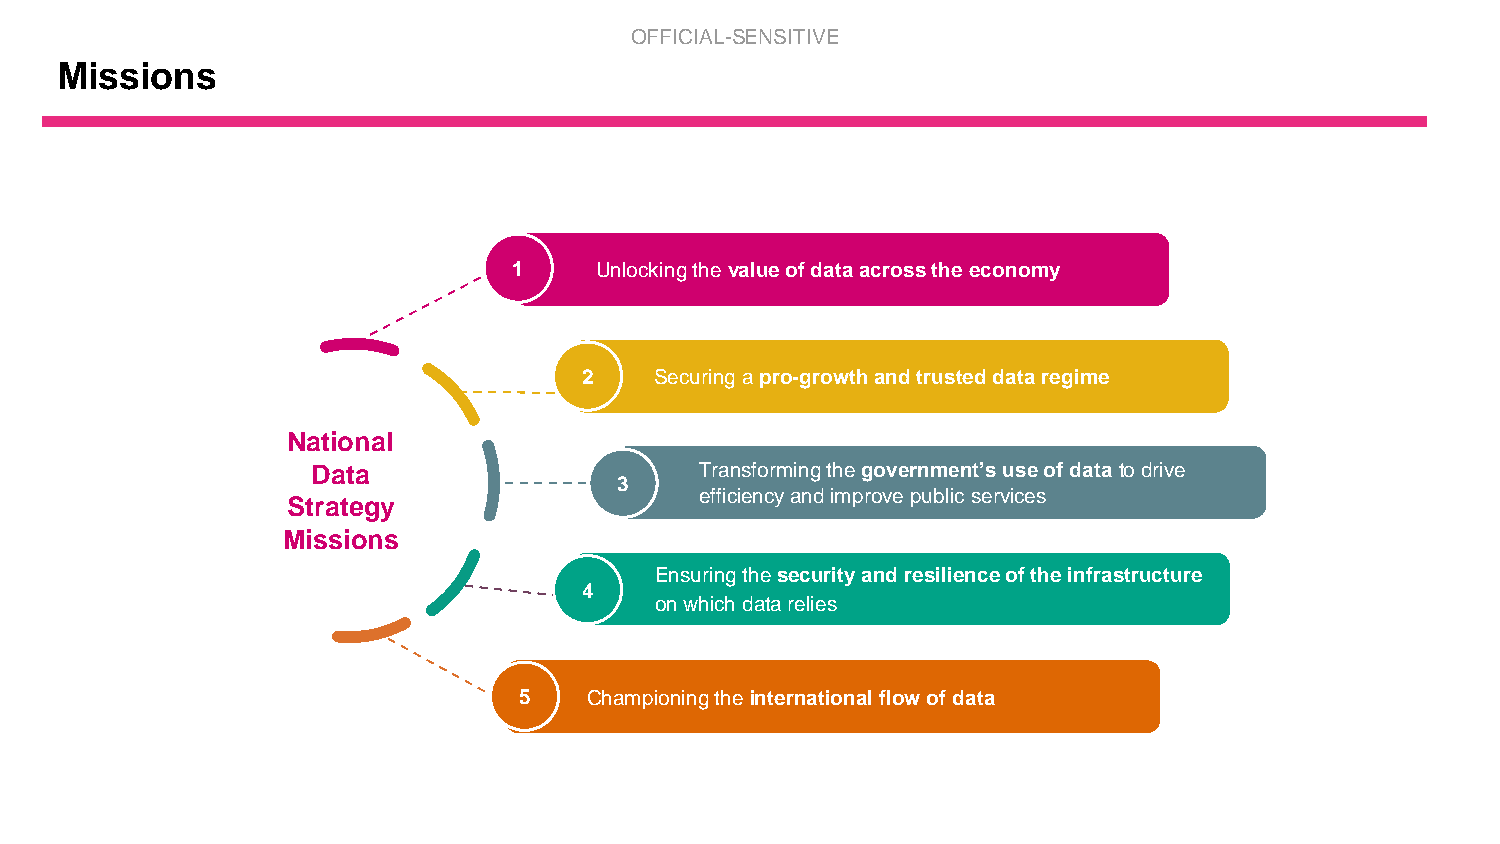
OFFICIAL-SENSITIVE
 Missions
 1    Unlocking the value of data across the economy
 2   Securing a pro-growth and trusted data regime
 National
 Data                     Transforming the government’s use of data to drive
 3
 efficiency and improve public services
 Strategy
 Missions
 Ensuring the security and resilience of the infrastructure
 4
 on which data relies
 5    Championing theinternational flow of data